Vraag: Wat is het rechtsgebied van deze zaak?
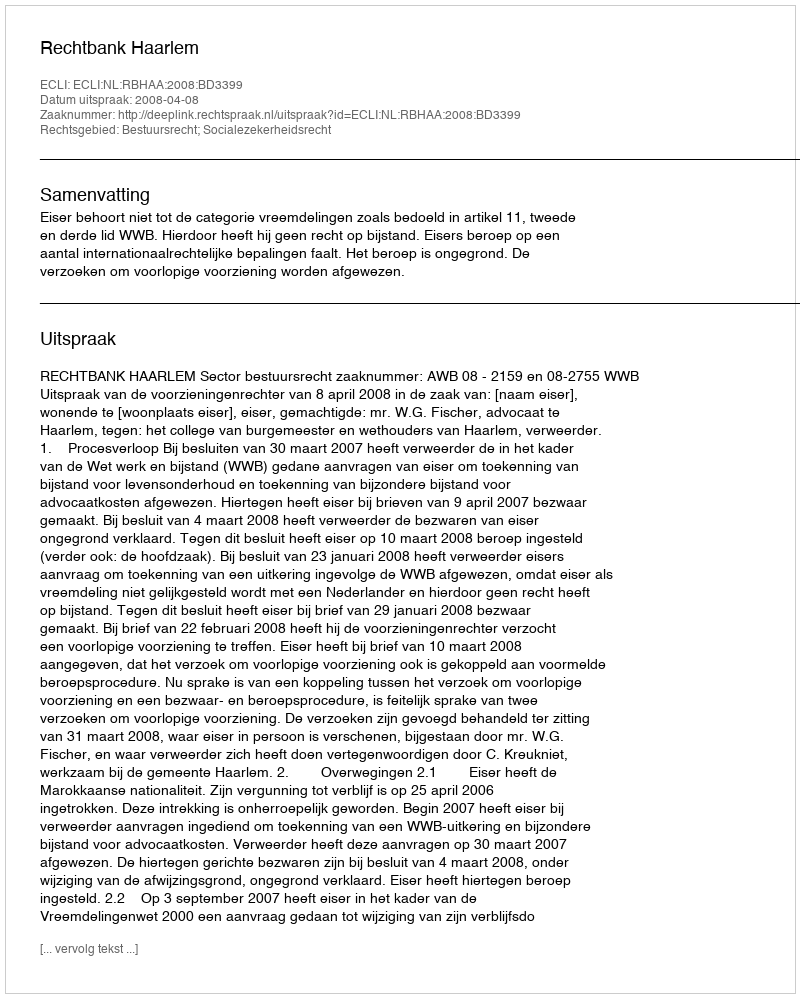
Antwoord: Bestuursrecht; Socialezekerheidsrecht